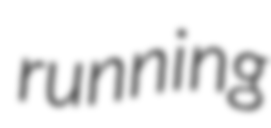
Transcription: running